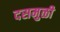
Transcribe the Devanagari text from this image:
दसमुळी